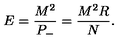
E = \frac { M ^ { 2 } } { P _ { - } } = \frac { M ^ { 2 } R } { N } .